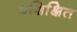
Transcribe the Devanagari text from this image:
बशिक्षित